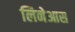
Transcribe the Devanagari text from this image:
लिनेआस